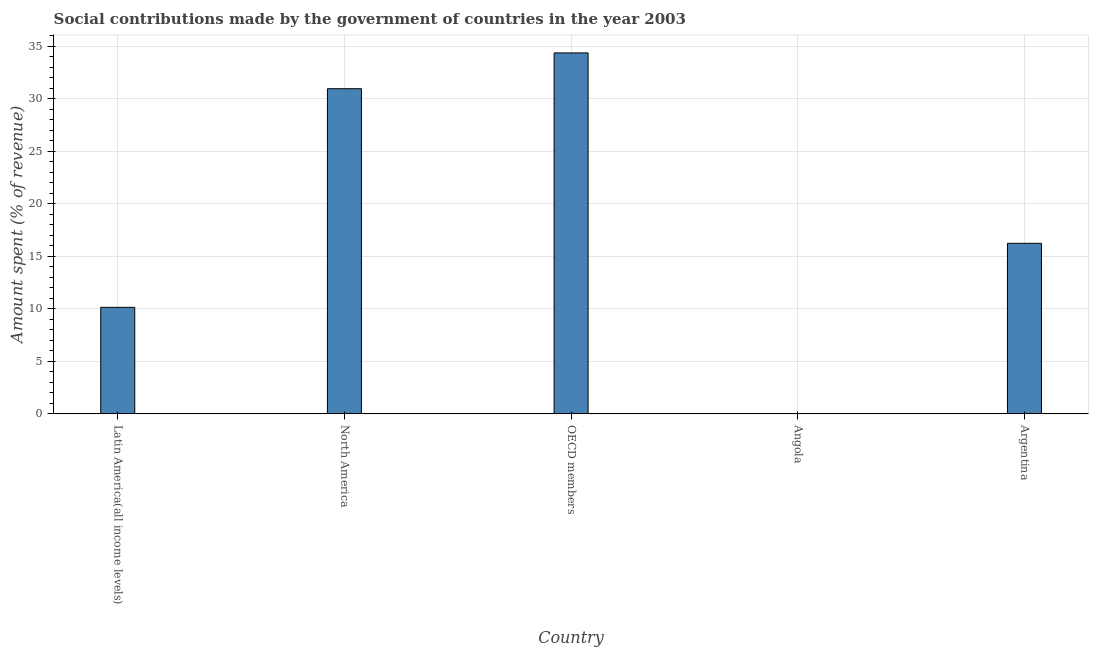
| Country | Social contributions |
 | --- | --- |
 | Latin America(all income levels) | 10.1 |
 | North America | 30.9 |
 | OECD members | 34.4 |
 | Angola | 0.0113 |
 | Argentina | 16.2 |